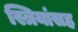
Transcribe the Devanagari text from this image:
स्त्रियांसह